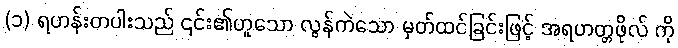
(၁) ရဟန်းတပါးသည် ၎င်း၏ဟူသော လွန်ကဲသော မှတ်ထင်ခြင်းဖြင့် အရဟတ္တဖိုလ် ကို